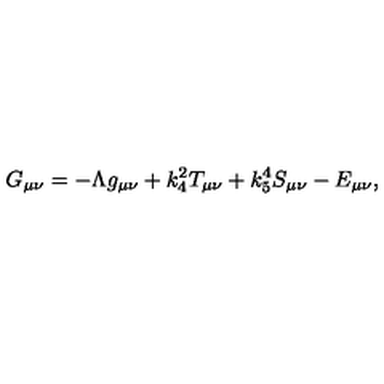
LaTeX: G _ { \mu \nu } = - \Lambda g _ { \mu \nu } + k _ { 4 } ^ { 2 } T _ { \mu \nu } + k _ { 5 } ^ { 4 } S _ { \mu \nu } - E _ { \mu \nu } ,